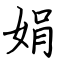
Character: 娟